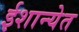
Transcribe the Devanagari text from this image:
ईशान्येत